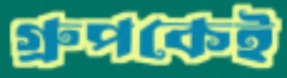
গ্রুপকেই